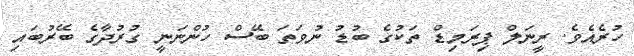
ހުރެއެވެ. ރީނަލް ޕިރަމިޑް ތަކުގެ ބުޑު ނުވަތަ ބޭސް ހުންނަނީ ގުރުދާގެ ބޭރުބައި